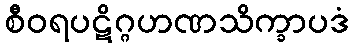
စီဝရပဋိဂ္ဂဟဏသိက္ခာပဒံ